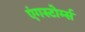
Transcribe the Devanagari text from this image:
एंगस्टोर्म्स